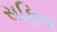
સફિન